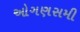
ઓગણસમી